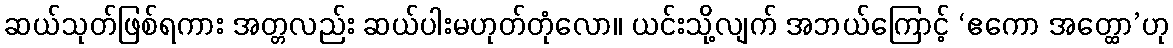
ဆယ်သုတ်ဖြစ်ရကား အတ္တလည်း ဆယ်ပါးမဟုတ်တုံလော။ ယင်းသို့လျက် အဘယ်ကြောင့် ‘ဧကော အတ္ထော’ဟု